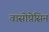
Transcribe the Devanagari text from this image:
वासोप्रेसिन